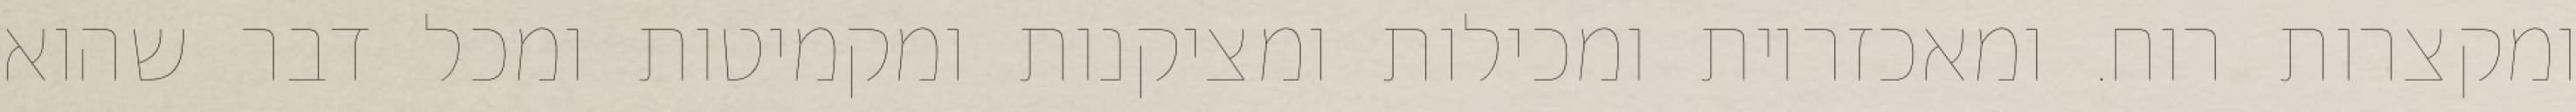
ומקצרות רוח. ומאכזריות ומכילות ומציקנות ומקמיטות ומכל דבר שהוא